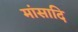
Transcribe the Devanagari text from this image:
मांसादि